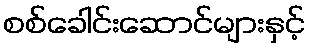
စစ်ခေါင်းဆောင်များနှင့်